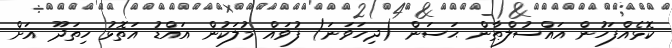
ކޮޅެއްފަހުން އައްސުލްޠާން ޙަސަން (ދިހަވަނަ) ފުވައް މުލަކުން އައްޑު އަތޮޅު ހިތަދޫ އަށް